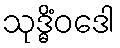
သုဒ္ဓိံဝဒေါ